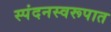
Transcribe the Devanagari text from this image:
स्पंदनस्वरूपात